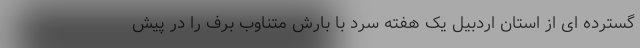
گسترده ای از استان اردبیل یک هفته سرد با بارش متناوب برف را در پیش